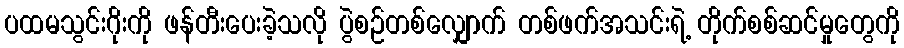
ပထမသွင်းဂိုးကို ဖန်တီးပေးခဲ့သလို ပွဲစဉ်တစ်လျှောက် တစ်ဖက်အသင်းရဲ့ တိုက်စစ်ဆင်မှုတွေကို